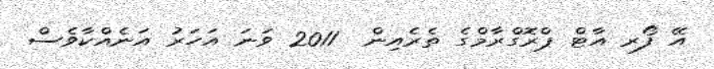
އޭ ފޯރ އާޓް ޕްރޮގްރާމްގެ ތެރެއިން  2011 ވަނަ އަހަރު އަނެއްކާވެސް